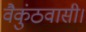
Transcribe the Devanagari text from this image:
वैकुंठवासी।